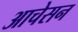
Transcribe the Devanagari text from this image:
आचेसन